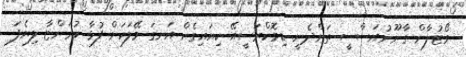
ވޯޓުލާން ގާނޫނުއަސާސީ ތަންދެނީ. ޑިމޮކްރަސީއޭ ކިޔައިގެން އަނގަ މޭލަކަށް ފުޅާ ކުރަންޏާ ލިޔެފަ